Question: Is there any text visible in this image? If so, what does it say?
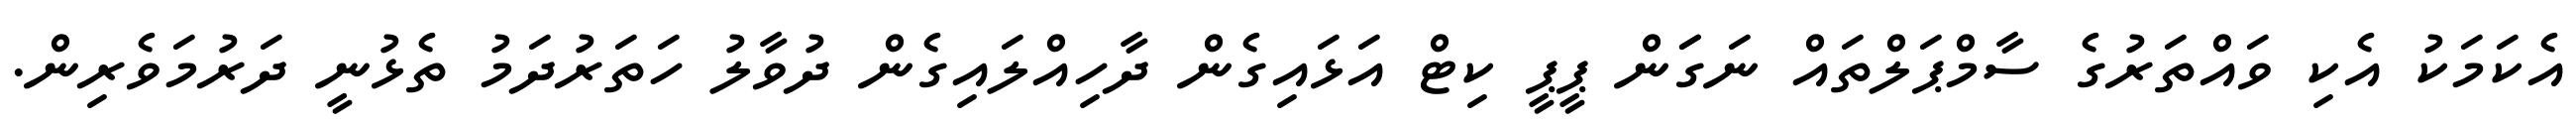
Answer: އެކަމަކު އެކި ވައްތަރުގެ ސާމްޕަލްތައް ނަގަަން ޕީޕީ ކިޓް އަޅައިގެން ދާހިއްލައިގެން ދުވާލު ހަތަރުދަމު ތެޅުނީ ދަރުމަވެރިން.